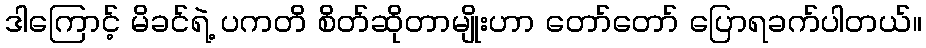
ဒါကြောင့် မိခင်ရဲ့ ပကတိ စိတ်ဆိုတာမျိုးဟာ တော်တော် ပြောရခက်ပါတယ်။